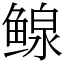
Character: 鳈